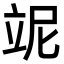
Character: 𥩥